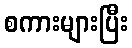
စကားများပြီး